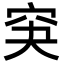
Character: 䆕